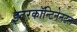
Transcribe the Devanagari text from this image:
इटरकॉन्टिनेनटल